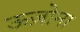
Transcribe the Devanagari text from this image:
ऊज़ोना